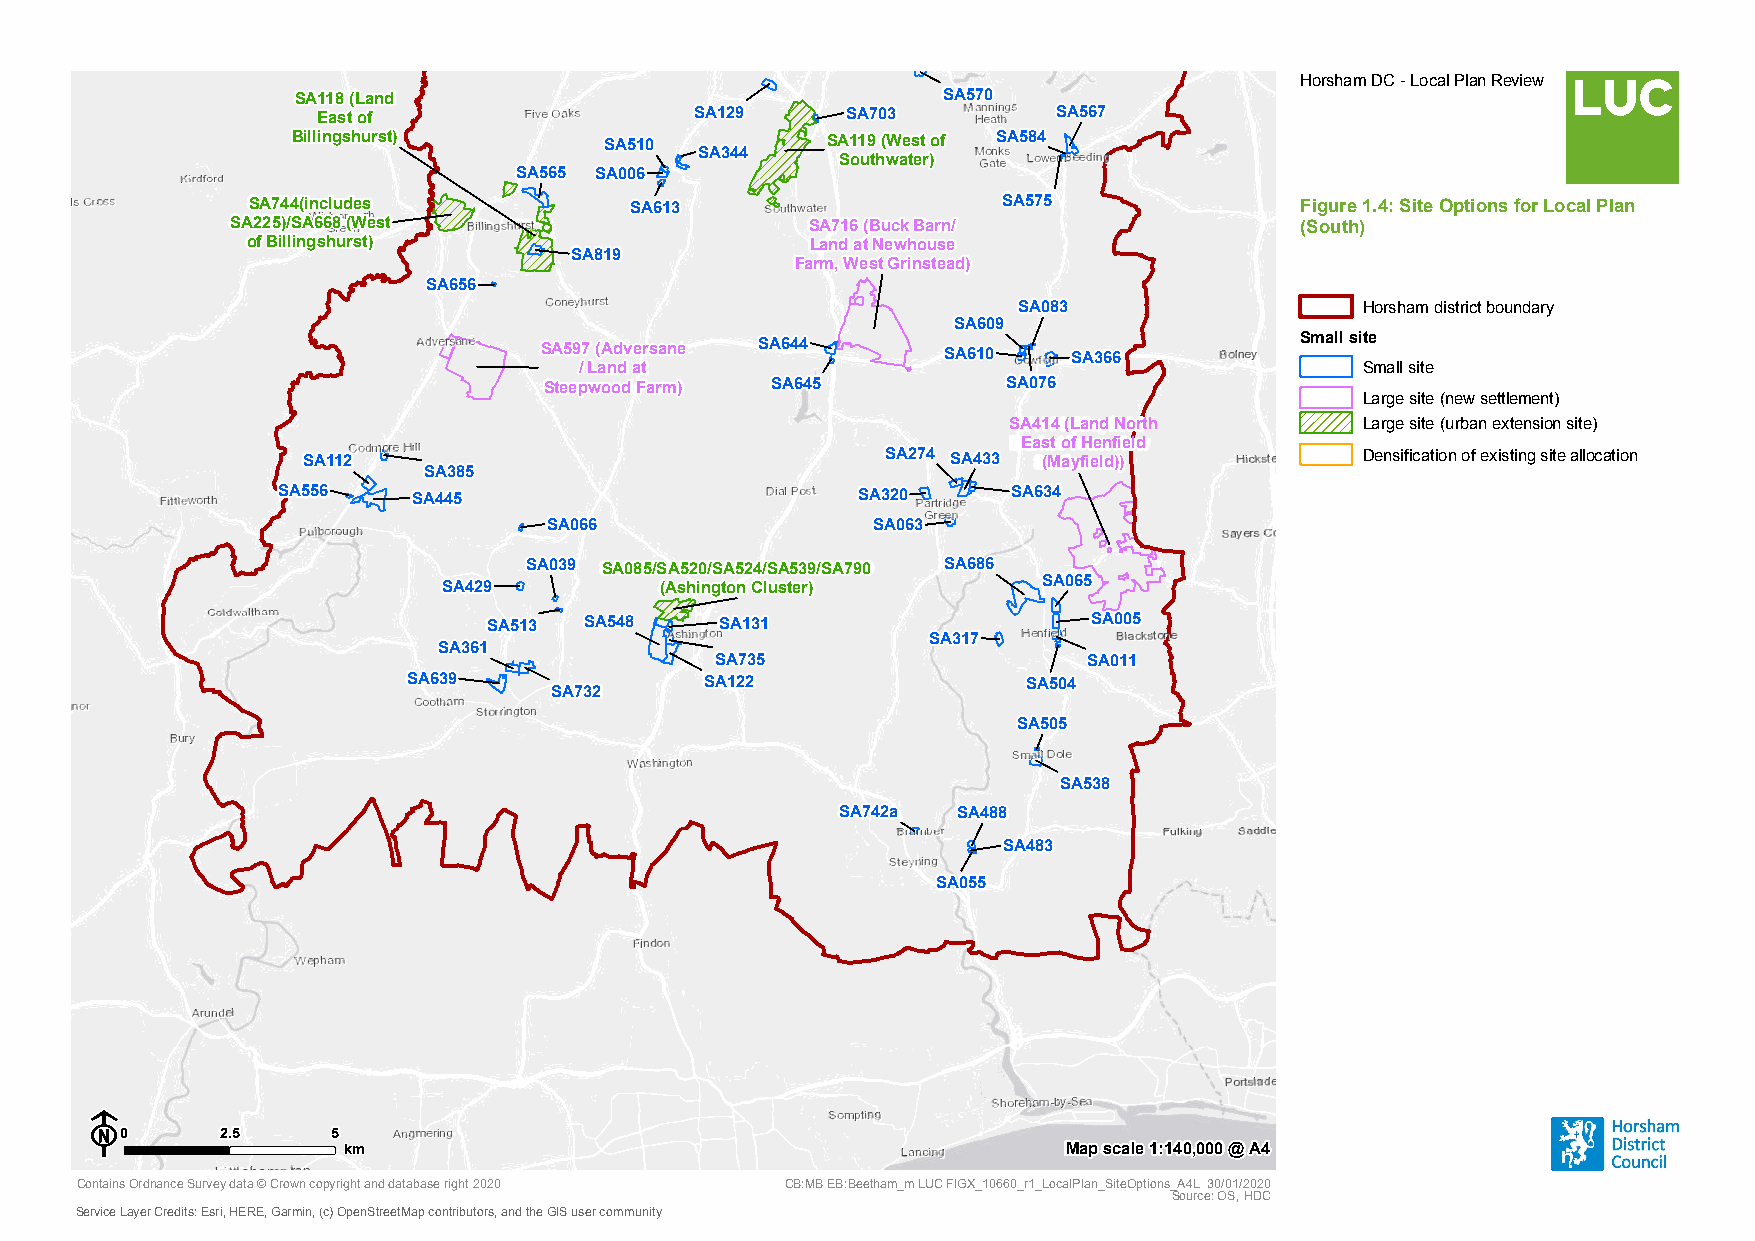
Horsham DC - Local Plan Review
 SA118 (Land                               SA570
 East of                  SA129     SA703         SA567
 Billingshurst)       SA510          SA119 (West of SA584
 SA344
 Southwater)
 SA565 SA006
 SA744(includes            SA613                   SA575               Figure 1.4: Site Options for Local Plan
 SA225)/SA668 (West                     SA716 (Buck Barn/               (South)
 of Billingshurst)                     Land at Newhouse
 SA819
 Farm, West Grinstead)
 SA656
 SA083                  Horsham district boundary
 SA609
 SA597 (Adversane SA644    SA610    SA366          Small site
 / Land at                                           Small site
 Steepwood Farm) SA645          SA076
 Large site (new settlement)
 SA414 (Land North      Large site (urban extension site)
 East of Henfield
 SA112                                  SA274 SA433 (Mayfield))        Densification of existing site allocation
 SA385
 SA556    SA445                         SA320     SA634
 SA066                 SA063
 SA039 SA085/SA520/SA524/SA539/SA790 SA686
 SA429          (Ashington Cluster)      SA065
 SA513  SA548    SA131                   SA005
 SA317
 SA361
 SA735                    SA011
 SA639               SA122                SA504
 SA732
 SA505
 SA538
 SA742a SA488
 SA483
 SA055
 F
 0      2.5    5
 km                                              Map scale 1:140,000 @ A4
 Contains Ordnance Survey data © Crown copyright and database right 2020 CB:MB EB:Beetham_m LUC FIGX_10660_r1_LocalPlan_SiteOptions_A4L 30/01/2020
 Source: OS, HDC
 Service Layer Credits: Esri, HERE, Garmin, (c) OpenStreetMap contributors, and the GIS user community